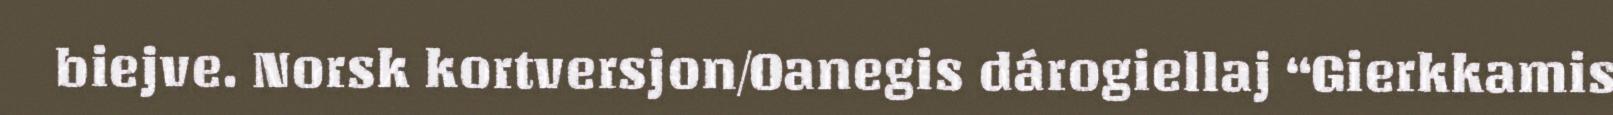
biejve. Norsk kortversjon/Oanegis dárogiellaj “Gierkkamis